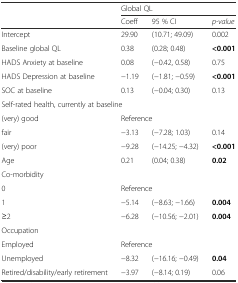
|  | <COLSPAN=3> Global QL |
 |  | Coeff | 95 % CI | p-value |
 | --- | --- | --- | --- |
 | Intercept | 29.90 | (10.71; 49.09) | 0.002 |
 | Baseline global QL | 0.38 | (0.28; 0.48) | <0.001 |
 | HADS Anxiety at baseline | 0.08 | (−0.42, 0.58) | 0.75 |
 | HADS Depression at baseline | −1.19 | (−1.81; −0.59) | <0.001 |
 | SOC at baseline | 0.13 | (−0.04; 0.30) | 0.13 |
 | <COLSPAN=4> Self-rated health, currently at baseline |
 | (very) good | <COLSPAN=3> Reference |
 | fair | −3.13 | (−7.28; 1.03) | 0.14 |
 | (very) poor | −9.28 | (−14.25; −4.32) | <0.001 |
 | Age | 0.21 | (0.04; 0.38) | 0.02 |
 | <COLSPAN=4> Co-morbidity |
 | 0 | <COLSPAN=3> Reference |
 | 1 | −5.14 | (−8.63; −1.66) | 0.004 |
 | ≥2 | −6.28 | (−10.56; −2.01) | 0.004 |
 | <COLSPAN=4> Occupation |
 | Employed | <COLSPAN=3> Reference |
 | Unemployed | −8.32 | (−16.16; −0.49) | 0.04 |
 | Retired/disability/early retirement | −3.97 | (−8.14; 0.19) | 0.06 |